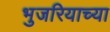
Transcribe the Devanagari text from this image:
भुजरियाच्या